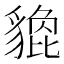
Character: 𧴀